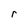
Character: r